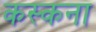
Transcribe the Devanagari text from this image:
कस्कना